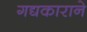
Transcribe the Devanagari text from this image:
गद्यकाराने